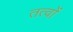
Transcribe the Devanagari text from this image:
तत्वोंं